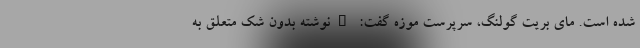
شده است. مای بریت گولنگ، سرپرست موزه گفت: "نوشته بدون شک متعلق به